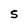
Character: S